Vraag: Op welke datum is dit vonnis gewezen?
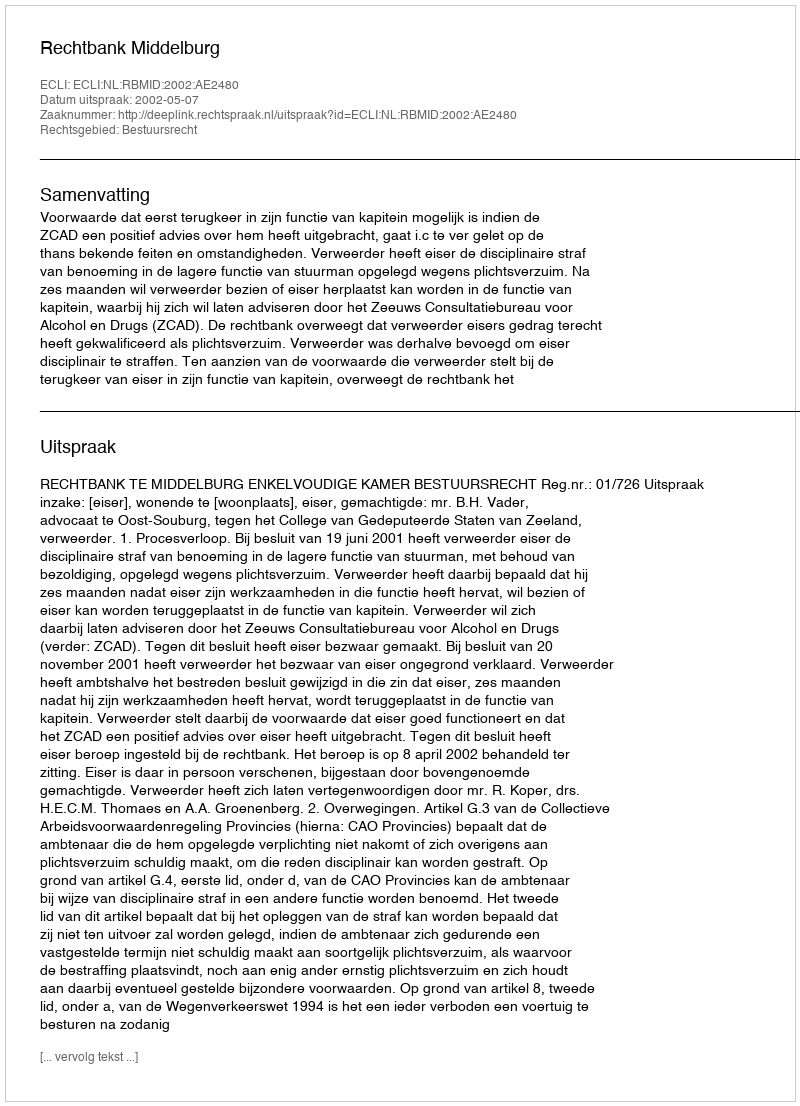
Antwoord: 2002-05-07